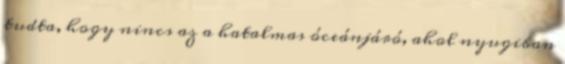
tudta, hogy nincs az a hatalmas óceánjáró, ahol nyugiban